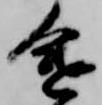
途